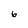
Character: 6